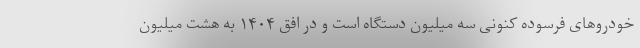
خودروهای فرسوده کنونی سه میلیون دستگاه است و در افق ۱۴۰۴ به هشت میلیون